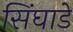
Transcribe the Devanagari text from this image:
सिंघाडे